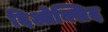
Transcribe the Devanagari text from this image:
दिओक्सिद